Indian journal of veterinary science and animal husbandry - Volume 7,
Year: 1937
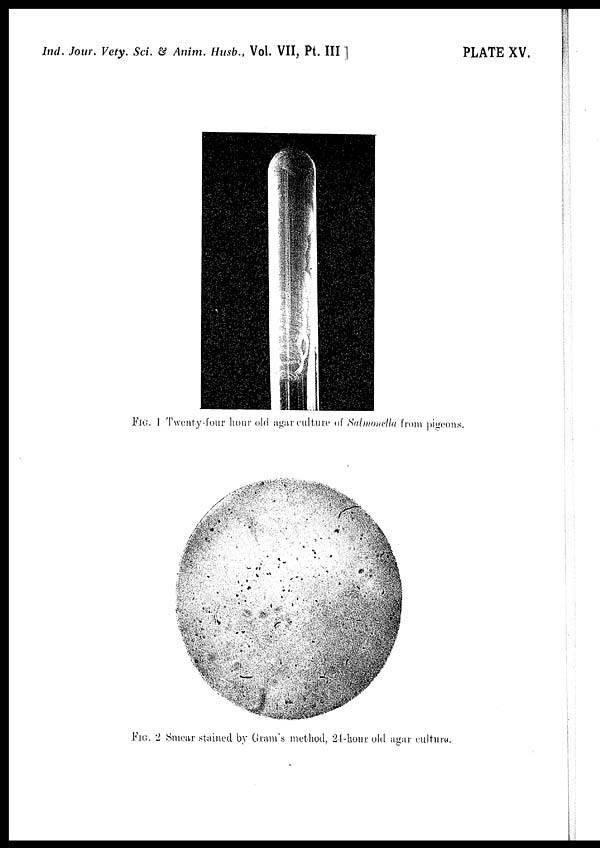
Ind. Jour. Vety. Sci. & Anim. Husb., Vol. VII, Pt. III ]
PLATE XV.
FIG. 1 Twenty-four hour old agar culture of Salmonella from pigeons.
FIG. 2 Smear stained by Gram's method, 24-hour old agar culture